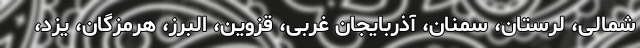
شمالی، لرستان، سمنان، آذربایجان غربی، قزوین، البرز، هرمزگان، یزد،